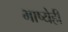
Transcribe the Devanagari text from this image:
भाष्येही